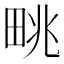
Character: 𤱩